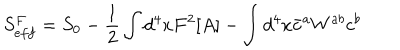
LaTeX: S _ { e f f } ^ { F } = S _ { 0 } - \frac { 1 } { 2 } \int d ^ { 4 } x F ^ { 2 } [ A ] - \int d ^ { 4 } x \bar { c } ^ { a } W ^ { a b } c ^ { b }